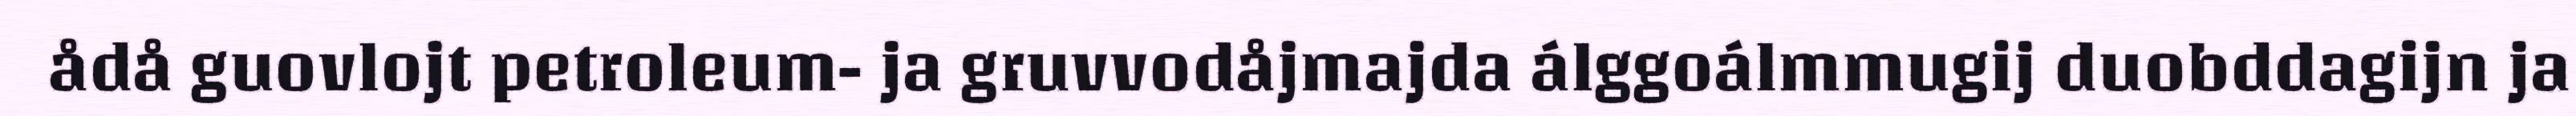
ådå guovlojt petroleum- ja gruvvodåjmajda álggoálmmugij duobddagijn ja